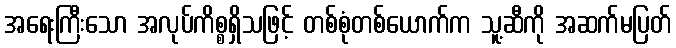
အရေးကြီးသော အလုပ်ကိစ္စရှိသဖြင့် တစ်စုံတစ်ယောက်က သူ့ဆီကို အဆက်မပြတ်